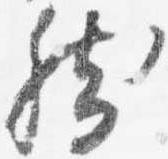
然